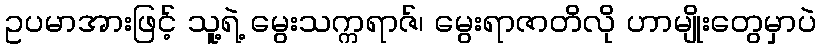
ဥပမာအားဖြင့် သူ့ရဲ့ မွေးသက္ကရာဇ်၊ မွေးရာဇာတိလို ဟာမျိုးတွေမှာပဲ